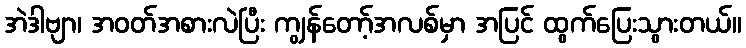
အဲဒါဗျာ၊ အဝတ်အစားလဲပြီး ကျွန်တော့်အလစ်မှာ အပြင် ထွက်ပြေးသွားတယ်။